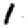
Digit: 1